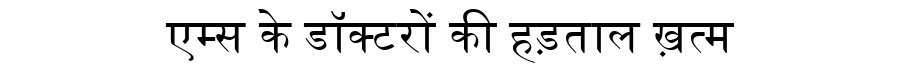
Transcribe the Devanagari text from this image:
एम्स के डॉक्टरों की हड़ताल ख़त्म